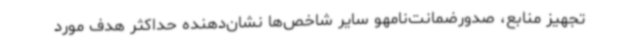
تجهیز منابع، صدورضمانت‌نامهو سایر شاخص‌ها نشان‌دهنده حداکثر هدف مورد